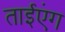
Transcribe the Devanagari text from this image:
ताईएंग